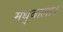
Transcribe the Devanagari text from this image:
मधुबाला।